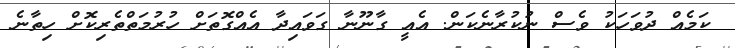
ކަމެއް ދުވަހަކު ވެސް ނުކުރާނެކަން. އެއީ ގާނޫނާ ގަވައިދާ އެއްގޮތަށް ހުރުމަތްތެރިކޮށް ހިތާނެ